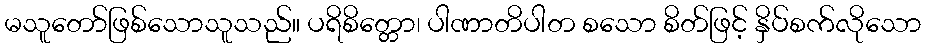
မသူတော်ဖြစ်သောသူသည်။ ပရိစိတ္တော၊ ပါဏာတိပါတ စသော စိတ်ဖြင့် နှိပ်စက်လိုသော